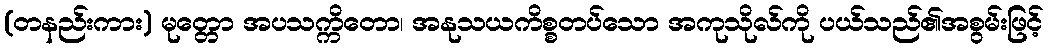
(တနည်းကား) မုတ္တော အပသက္ကိတော၊ အနုသယကိစ္စတပ်သော အကုသိုလ်ကို ပယ်သည်၏အစွမ်းဖြင့်